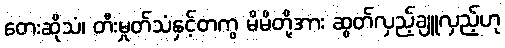
တေးဆိုသံ၊ တီးမှုတ်သံနှင့်တကွ မိမိတို့အား ဆွတ်လှည့်ချူလှည့်ဟု